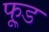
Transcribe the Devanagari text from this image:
फू़्ड